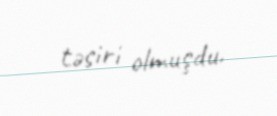
təsiri olmuşdu.